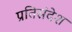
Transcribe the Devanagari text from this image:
प्रतिसंदेश